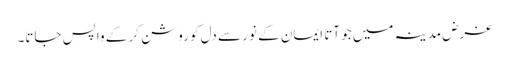
غرض مدینہ میں جو آتا ایمان کے نور سے دل کو روشن کر کے واپس جاتا۔